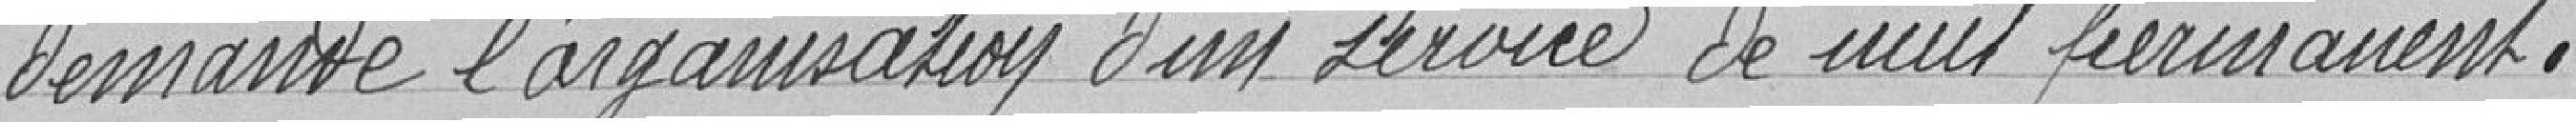
demande l'organisation d'un service de nuit permanent.